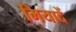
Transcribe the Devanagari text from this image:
मियादें